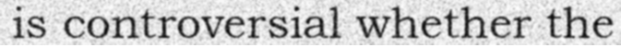
is controversial whether the